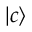
{ \left| { c } \right\rangle }